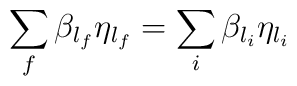
\sum_f\beta _{l_f}\eta _{l_f}=\sum_i\beta _{l_i}\eta _{l_i}